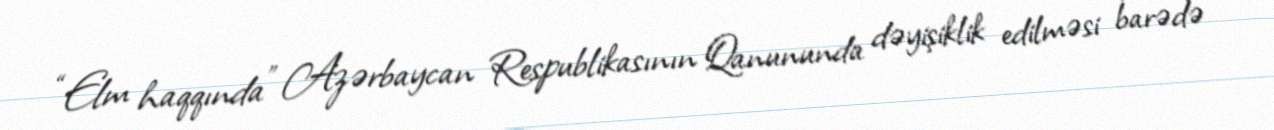
“Elm haqqında” Azərbaycan Respublikasının Qanununda dəyişiklik edilməsi barədə